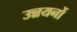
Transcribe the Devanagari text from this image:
उन्नयनों